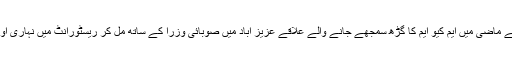
وزیر اعلیٰ سندھ نے ماضی میں ایم کیو ایم کا گڑھ سمجھے جانے والے علاقے عزیز آباد میں صوبائی وزرا کے ساتھ مل کر ریسٹورانٹ میں نہاری اور شیخ کباب کھایا۔